Civil Veterinary Department. United Provinces 1912-22 - 1912-1922
Year: 1912
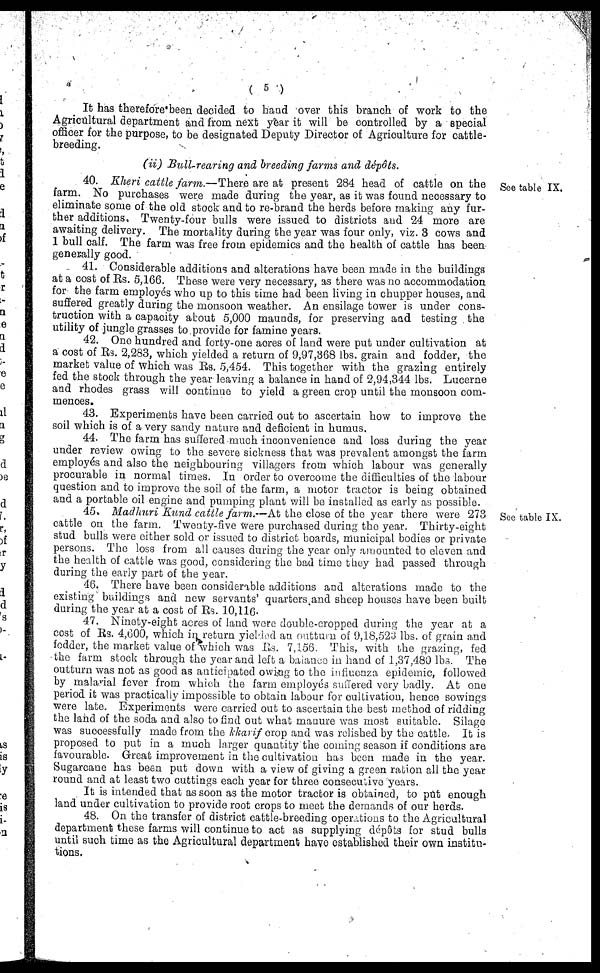
(5)
It has therefore been decided to hand over this branch of work to the
Agricultural department and from next year it will be controlled by a special
officer for the purpose, to be designated Deputy Director of Agriculture for cattle-
breeding.
(ii) Bull-rearing and breeding farms and dépôts.
See table IX.
40. Kheri cattle farm.—There
are at present 284 head of cattle on the
farm. No purchases were made during the year, as it was found necessary to
eliminate some of the old stock and to re-brand the herds before making any fur-
ther additions, Twenty-four bulls were issued to districts and 24 more are
awaiting delivery. The mortality during the year was four only, viz. 3 cows and
1 bull calf. The farm was free from epidemics and the health of cattle has been
generally good.
41. Considerable additions and alterations have been made in the buildings
at a cost of Rs. 5,166. These were very necessary, as there was no accommodation
for the farm employes who up to this time had been living in chupper houses, and
suffered greatly during the monsoon weather. An ensilage tower is under cons-
truction with a capacity about 5,000 maunds, for preserving and testing the
utility of jungle grasses to provide for famine years.
42. One hundred and forty-one aores of land were put under cultivation at
a cost of Rs. 2,283, which yielded a return of 9,97,368 lbs. grain and fodder, the
market value of which was Rs. 5,454. This together with the grazing entirely
fed the stock through the year leaving a balance in hand of 2,94,344 lbs. Lucerne
and rhodes grass will continue to yield a green crop until the monsoon com-
mences.
43. Experiments have been carried out to ascertain how to improve the
soil which is of a very sandy nature and deficient in humus.
44. The farm has suffered much inconvenience and loss during the year
under review owing to the severe sickness that was prevalent amongst the farm
employés and also the neighbouring villagers from which labour was generally
procurable in normal times. In order to overcome the difficulties of the labour
question and to improve the soil of the farm, a motor tractor is being obtained
and a portable oil engine and pumping plant will be installed as early as possible.
See table IX.
45. Madhuri Kund cattle farm.—At the close of the year there were 273
cattle on the farm. Twenty-five Were purchased during the year. Thirty-eight
stud bulls were either sold or issued to district boards, municipal bodies or private
persons. The loss from all causes during the year only amounted to eleven and
the health of cattle was good, considering the bad time they had passed through
during the early part of the year.
46. There have been considerable additions and alterations made to the
existing buildings and new servants' quarters and sheep houses have been built
during the year at a cost of Rs. 10,116.
47. Ninety-eight acres of land were double-cropped during the year at a
cost of Rs. 4,600, which in return yielded an outturn of 9,18,523 lbs. of grain and
fodder, the market value of which was Rs. 7,156. This, with the grazing, fed
the farm stock through the year and left a balance in hand of 1,37,480 lbs. The
outturn was not as good as anticipated owing to the influenza epidemic, followed
by malarial fever from which the farm employes suffered very badly. At one
period it was practically impossible to obtain labour for cultivation, hence sowings
were late. Experiments were carried out to ascertain the best method of ridding
the land of the soda and also to find out what manure was most suitable. Silage
was successfully made from the kkarif crop and was relished by the cattle. It is
proposed to put in a much larger quantity the coming season if conditions are
favourable. Great improvement in the cultivation has been made in the year.
Sugarcane has been put down with a view of giving a green ration all the year
round and at least two cuttings each year for three consecutive years.
It is intended that as soon as the motor tractor is obtained, to put enough
land under cultivation to provide root crops to meet the demands of our herds.
48. On the transfer of district cattle-breeding operations to the Agricultural
department these farms will continue to act as supplying dépôts for stud bulls
until such time as the Agricultural department have established their own institu-
tions.